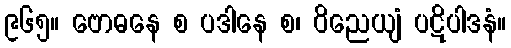
၉၆၅။ ဗောဓနေ စ ပဒါနေ စ၊ ဝိညေယျံ ပဋိပါဒနံ။